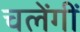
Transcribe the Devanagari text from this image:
चलेंगीं